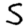
Digit: 5